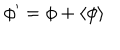
\phi ^ { \prime } = \phi + \langle \phi \rangle